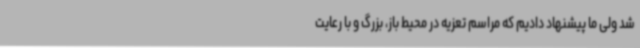
شد ولی ما پیشنهاد دادیم که مراسم تعزیه در محیط باز، بزرگ و با رعایت